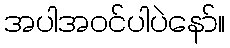
အပါအဝင်ပါပဲနော်။